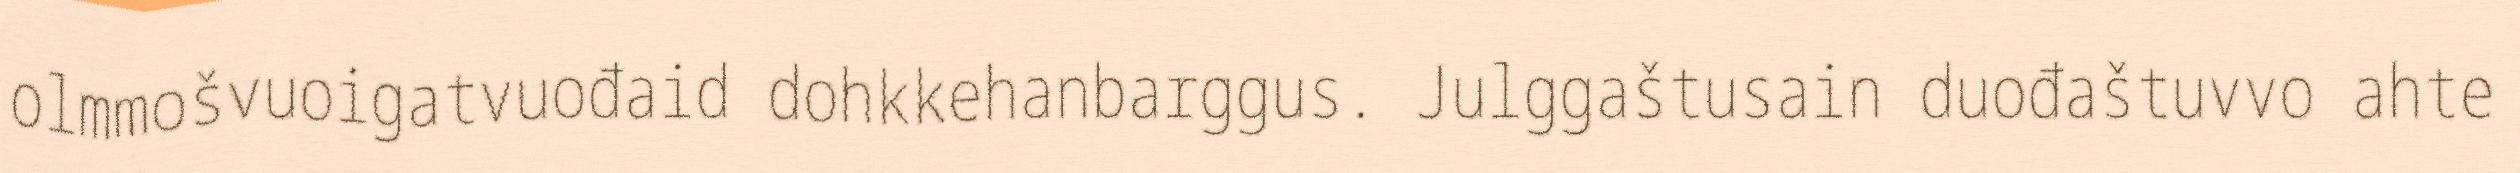
olmmošvuoigatvuođaid dohkkehanbarggus. Julggaštusain duođaštuvvo ahte